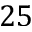
2 5